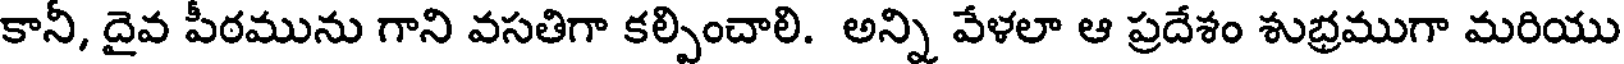
కానీ, దైవ పీఠమును గాని వసతిగా కల్పించాలి. అన్ని వేళలా ఆ ప్రదేశం శుభ్రముగా మరియు